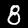
Label: 8